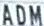
ADM